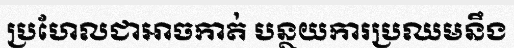
ប្រហែលជាអាចកាត់ បន្ថយការប្រឈមនឹង